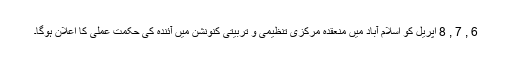
6 , 7 , 8 اپریل کو اسلام آباد میں منعقدہ مرکزی تنظیمی و تربیتی کنونشن میں آئندہ کی حکمت عملی کا اعلان ہوگا۔